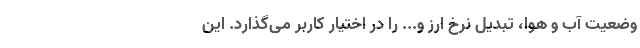
وضعیت آب و هوا، تبدیل نرخ ارز و... را در اختیار کاربر می‌گذارد. این